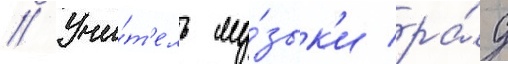
// Учи́т'ель му́зык'и ра́д